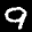
Label: 9